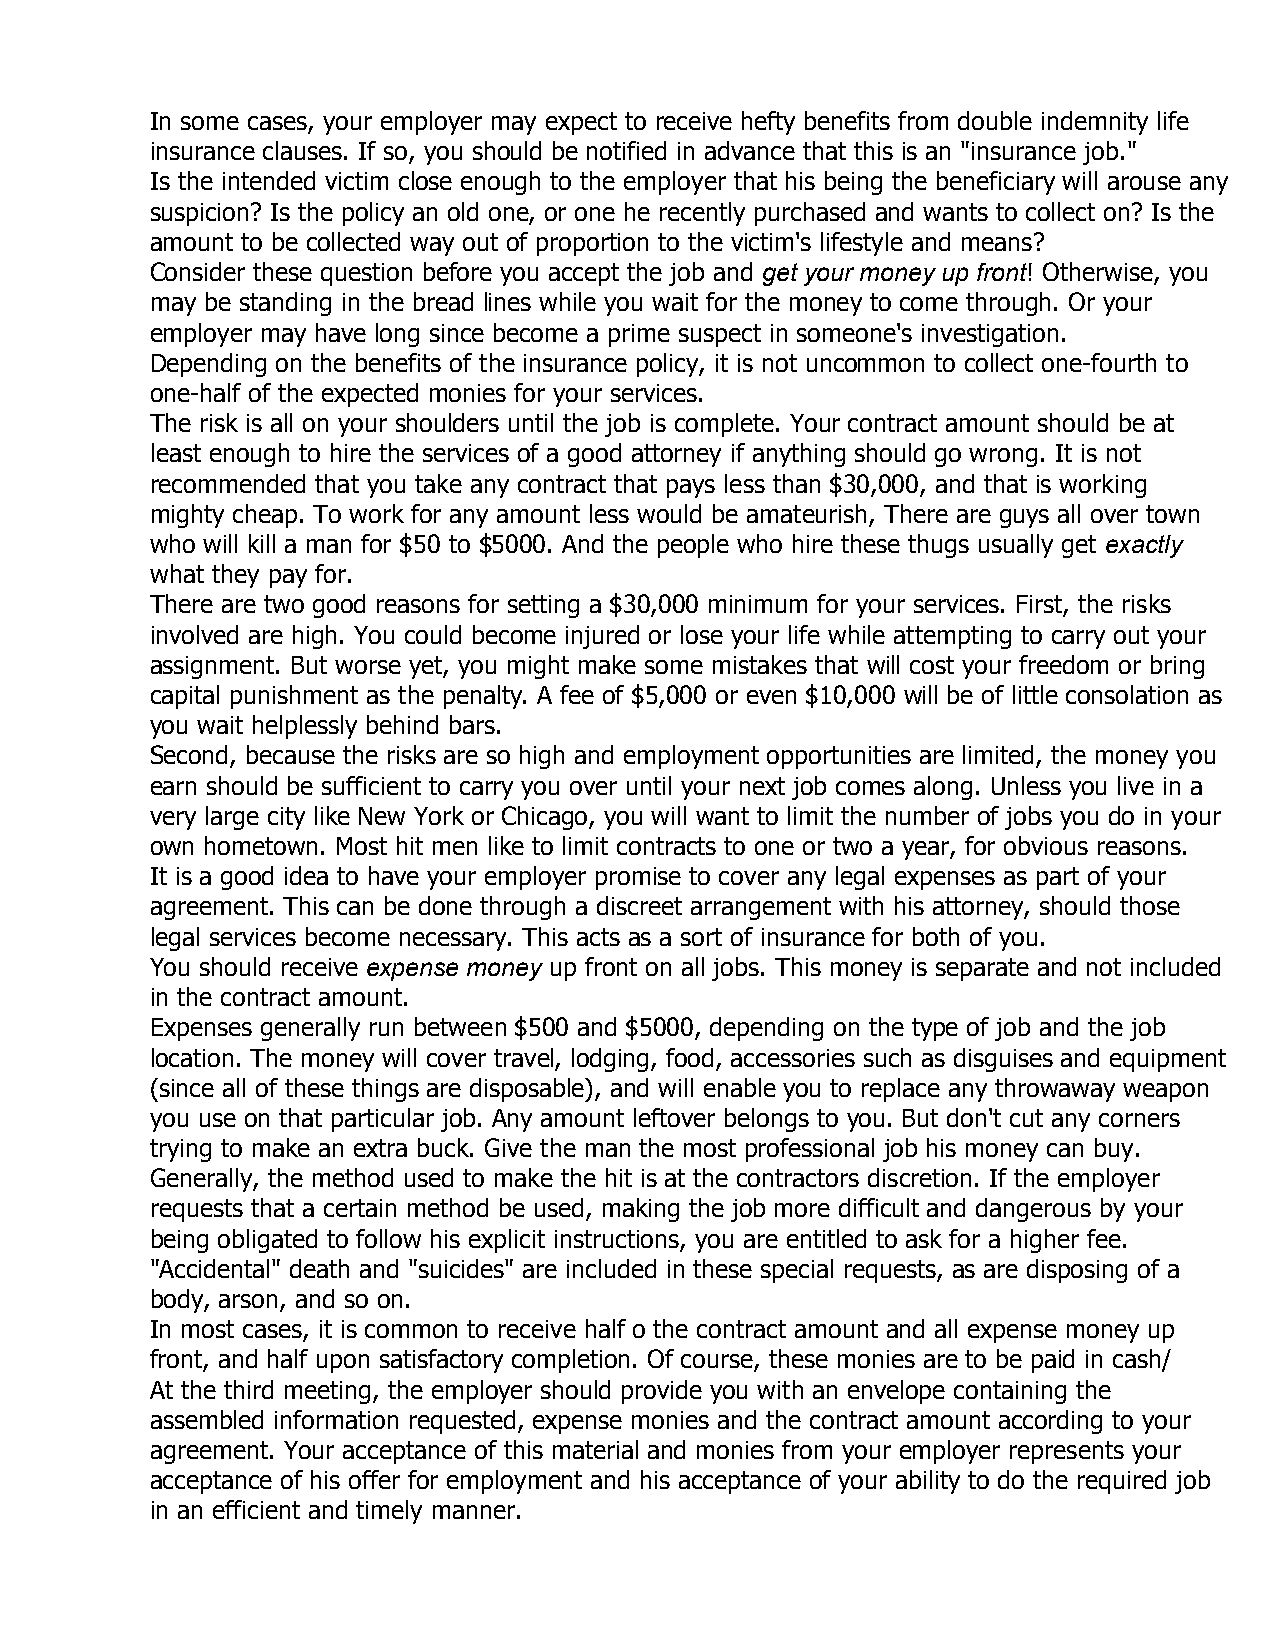
In some cases, your employer may expect to receive hefty benefits from double indemnity life
 insurance clauses. If so, you should be notified in advance that this is an "insurance job."
 Is the intended victim close enough to the employer that his being the beneficiary will arouse any
 suspicion? Is the policy an old one, or one he recently purchased and wants to collect on? Is the
 amount to be collected way out of proportion to the victim's lifestyle and means?
 Consider these question before you accept the job and get your money up front! Otherwise, you
 may be standing in the bread lines while you wait for the money to come through. Or your
 employer may have long since become a prime suspect in someone's investigation.
 Depending on the benefits of the insurance policy, it is not uncommon to collect one-fourth to
 one-half of the expected monies for your services.
 The risk is all on your shoulders until the job is complete. Your contract amount should be at
 least enough to hire the services of a good attorney if anything should go wrong. It is not
 recommended that you take any contract that pays less than $30,000, and that is working
 mighty cheap. To work for any amount less would be amateurish, There are guys all over town
 who will kill a man for $50 to $5000. And the people who hire these thugs usually get exactly
 what they pay for.
 There are two good reasons for setting a $30,000 minimum for your services. First, the risks
 involved are high. You could become injured or lose your life while attempting to carry out your
 assignment. But worse yet, you might make some mistakes that will cost your freedom or bring
 capital punishment as the penalty. A fee of $5,000 or even $10,000 will be of little consolation as
 you wait helplessly behind bars.
 Second, because the risks are so high and employment opportunities are limited, the money you
 earn should be sufficient to carry you over until your next job comes along. Unless you live in a
 very large city like New York or Chicago, you will want to limit the number of jobs you do in your
 own hometown. Most hit men like to limit contracts to one or two a year, for obvious reasons.
 It is a good idea to have your employer promise to cover any legal expenses as part of your
 agreement. This can be done through a discreet arrangement with his attorney, should those
 legal services become necessary. This acts as a sort of insurance for both of you.
 You should receive expense money up front on all jobs. This money is separate and not included
 in the contract amount.
 Expenses generally run between $500 and $5000, depending on the type of job and the job
 location. The money will cover travel, lodging, food, accessories such as disguises and equipment
 (since all of these things are disposable), and will enable you to replace any throwaway weapon
 you use on that particular job. Any amount leftover belongs to you. But don't cut any corners
 trying to make an extra buck. Give the man the most professional job his money can buy.
 Generally, the method used to make the hit is at the contractors discretion. If the employer
 requests that a certain method be used, making the job more difficult and dangerous by your
 being obligated to follow his explicit instructions, you are entitled to ask for a higher fee.
 "Accidental" death and "suicides" are included in these special requests, as are disposing of a
 body, arson, and so on.
 In most cases, it is common to receive half o the contract amount and all expense money up
 front, and half upon satisfactory completion. Of course, these monies are to be paid in cash/
 At the third meeting, the employer should provide you with an envelope containing the
 assembled information requested, expense monies and the contract amount according to your
 agreement. Your acceptance of this material and monies from your employer represents your
 acceptance of his offer for employment and his acceptance of your ability to do the required job
 in an efficient and timely manner.